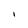
Character: 1